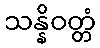
သန္နိဝတ္တံ